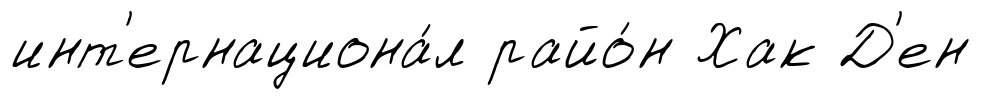
инт'ернациона́л райо́н Хак Д'ен